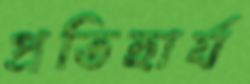
প্রতিহার্য